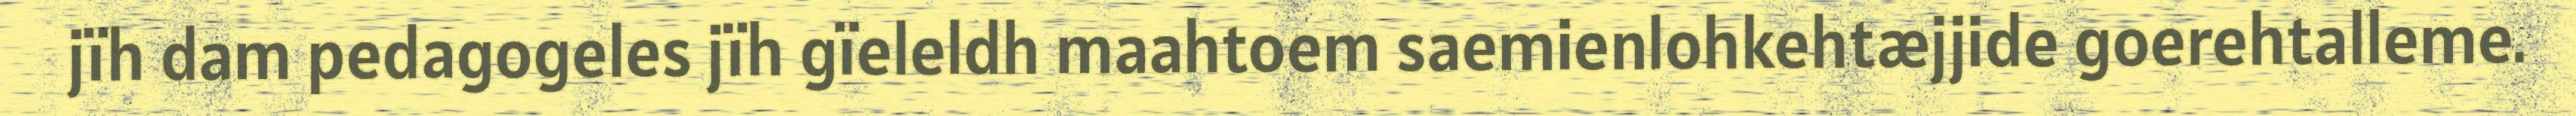
jïh dam pedagogeles jïh gïeleldh maahtoem saemienlohkehtæjjide goerehtalleme.